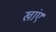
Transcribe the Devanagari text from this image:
खांए